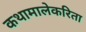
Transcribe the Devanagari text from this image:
कथामालेकरिता